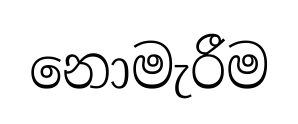
නොමැරීම